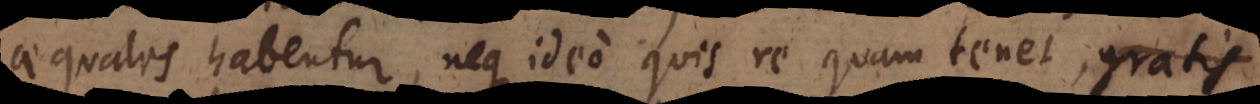
aequales habentur, neque ideo quis re quam tenet, gratis